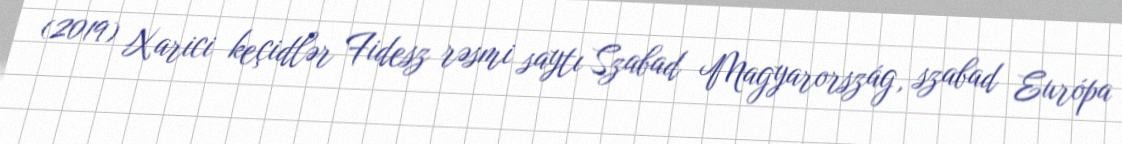
(2019) Xarici keçidlər Fidesz rəsmi saytı Szabad Magyarország, szabad Európa